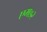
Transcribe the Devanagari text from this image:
एम७२